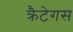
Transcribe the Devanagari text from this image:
क्रैटेगस